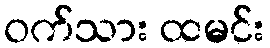
ဝက်သား ထမင်း